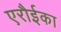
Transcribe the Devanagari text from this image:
एरौईका